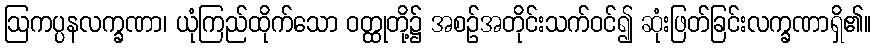
ဩကပ္ပနလက္ခဏာ၊ ယုံကြည်ထိုက်သော ဝတ္ထုတို့၌ အစဉ်အတိုင်းသက်ဝင်၍ ဆုံးဖြတ်ခြင်းလက္ခဏာရှိ၏။